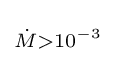
\scriptstyle {\dot {M}}>10^{-3}